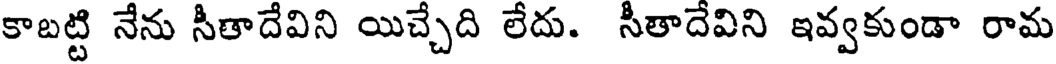
కాబట్టి నేను సీతాదేవిని యిచ్చేది లేదు. సీతాదేవిని ఇవ్వకుండా రామ